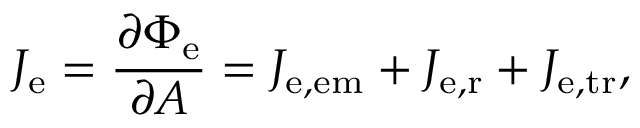
J _ { \mathrm { e } } = { \frac { \partial \Phi _ { \mathrm { e } } } { \partial A } } = J _ { \mathrm { e , e m } } + J _ { \mathrm { e , r } } + J _ { \mathrm { e , t r } } ,